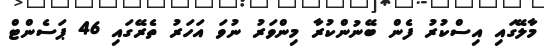
މާލޭގައި އިސްކުރު ފެން ބޭނުންކުރާ މިންވަރު ނުވަ އަހަރު ތެރޭގައި 46 ޕަސެންޓް